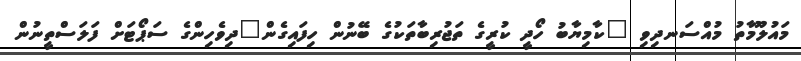
މައުލޫމާތު މުއްސަނދިވި "ކާމިޔާބު ހޯދީ ކުރީގެ ތަޖުރިބާތަކުގެ ބޭނުން ހިފައިގެން"ދިވެހިންގެ ސަޕޯޓަށް ފަލަސްތީނުން